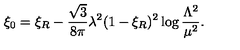
\xi _ { 0 } = \xi _ { R } - \frac { \sqrt { 3 } } { 8 \pi } \lambda ^ { 2 } ( 1 - \xi _ { R } ) ^ { 2 } \log \frac { \Lambda ^ { 2 } } { \mu ^ { 2 } } .